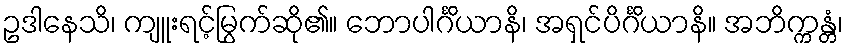
ဥဒါနေသိ၊ ကျူးရင့်မြွက်ဆို၏။ ဘောပါင်္ဂိယာနိ၊ အရှင်ပိင်္ဂိယာနိ။ အဘိက္ကန္တံ၊